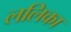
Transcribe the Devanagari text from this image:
ललिका